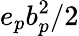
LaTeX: e_{p}b_{p}^{2}/2